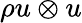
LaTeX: \rho u\otimes u